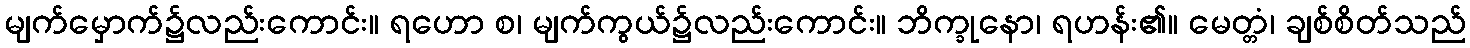
မျက်မှောက်၌လည်းကောင်း။ ရဟော စ၊ မျက်ကွယ်၌လည်းကောင်း။ ဘိက္ခုနော၊ ရဟန်း၏။ မေတ္တံ၊ ချစ်စိတ်သည်